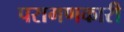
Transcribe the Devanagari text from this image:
परागणकारी